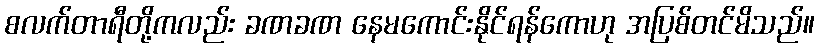
စလက်တာရီတို့ကလည်း ခဏခဏ နေမကောင်းနိုင်ရန်ကောဟု အပြစ်တင်မိသည်။